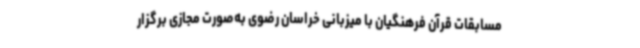
مسابقات قرآن فرهنگیان با میزبانی خراسان رضوی به‌صورت مجازی برگزار